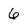
Character: 6